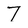
Character: 7